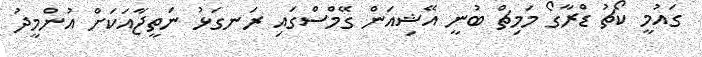
ގައުމީ ކޯޗު ޑްރާގޯ މަމިޗް ބުނީ އޭޝިއަން ގޭމްސްގައި ރަނގަޅު ނަތީޖާއަކަށް އުންމީދު